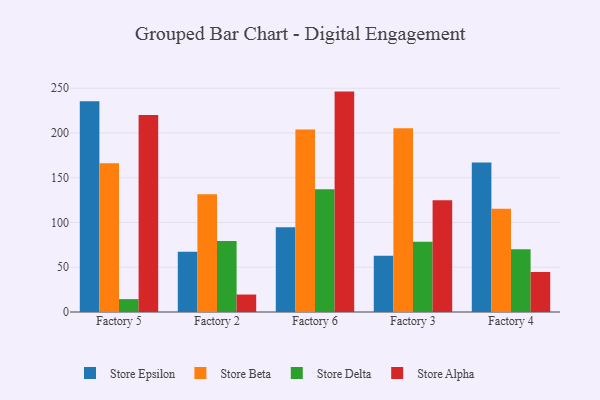
{"axis": {"x": "Factory", "y": "Satisfaction Score"}, "legend": ["Store Alpha", "Store Beta", "Store Delta", "Store Epsilon"], "data": [{"x": "Factory 5", "y": 235.5, "type": "Store Epsilon"}, {"x": "Factory 5", "y": 166.2, "type": "Store Beta"}, {"x": "Factory 5", "y": 14.4, "type": "Store Delta"}, {"x": "Factory 5", "y": 220.0, "type": "Store Alpha"}, {"x": "Factory 2", "y": 67.4, "type": "Store Epsilon"}, {"x": "Factory 2", "y": 131.4, "type": "Store Beta"}, {"x": "Factory 2", "y": 79.4, "type": "Store Delta"}, {"x": "Factory 2", "y": 19.5, "type": "Store Alpha"}, {"x": "Factory 6", "y": 94.7, "type": "Store Epsilon"}, {"x": "Factory 6", "y": 203.9, "type": "Store Beta"}, {"x": "Factory 6", "y": 137.1, "type": "Store Delta"}, {"x": "Factory 6", "y": 246.2, "type": "Store Alpha"}, {"x": "Factory 3", "y": 62.8, "type": "Store Epsilon"}, {"x": "Factory 3", "y": 205.3, "type": "Store Beta"}, {"x": "Factory 3", "y": 78.6, "type": "Store Delta"}, {"x": "Factory 3", "y": 124.9, "type": "Store Alpha"}, {"x": "Factory 4", "y": 167.0, "type": "Store Epsilon"}, {"x": "Factory 4", "y": 115.2, "type": "Store Beta"}, {"x": "Factory 4", "y": 70.1, "type": "Store Delta"}, {"x": "Factory 4", "y": 44.7, "type": "Store Alpha"}]}